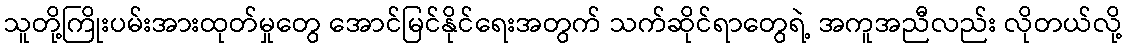
သူတို့ကြိုးပမ်းအားထုတ်မှုတွေ အောင်မြင်နိုင်ရေးအတွက် သက်ဆိုင်ရာတွေရဲ့ အကူအညီလည်း လိုတယ်လို့